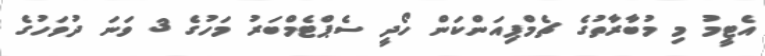
އެޓީމު މި މުބާރާތުގެ ޗެމްޕިއަންކަން ހޯދީ ސެޕްޓެމްބަރު މަހުގެ 3 ވަނަ ދުވަހުގެ